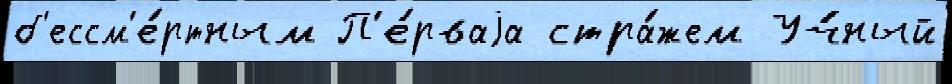
б'ессм'е́ртным П'е́рваjа стра́жем Уч́ный